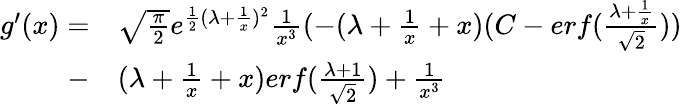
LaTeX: \begin{array}{rl}{g^{\prime}(x)=}&{{}\sqrt{\frac{\pi}{2}}e^{\frac{1}{2}(\lambda+\frac{1}{x})^{2}}\frac{1}{x^{3}}(-(\lambda+\frac{1}{x}+x)(C-erf(\frac{\lambda+\frac{1}{x}}{\sqrt{2}}))}\\ {-}&{{}(\lambda+\frac{1}{x}+x)erf(\frac{\lambda+1}{\sqrt{2}})+\frac{1}{x^{3}}}\end{array}